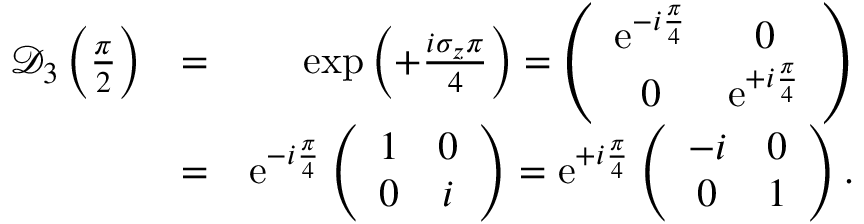
\begin{array} { r l r } { \mathcal { D } _ { 3 } \left( \frac { \pi } { 2 } \right) } & { = } & { \exp \left( + \frac { i \sigma _ { z } \pi } { 4 } \right) = \left( \begin{array} { c c } { \mathrm { e } ^ { - i \frac { \pi } { 4 } } } & { 0 } \\ { 0 } & { \mathrm { e } ^ { + i \frac { \pi } { 4 } } } \end{array} \right) } \\ & { = } & { \mathrm { e } ^ { - i \frac { \pi } { 4 } } \left( \begin{array} { c c } { 1 } & { 0 } \\ { 0 } & { i } \end{array} \right) = \mathrm { e } ^ { + i \frac { \pi } { 4 } } \left( \begin{array} { c c } { - i } & { 0 } \\ { 0 } & { 1 } \end{array} \right) . } \end{array}